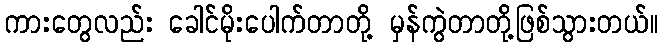
ကားတွေလည်း ခေါင်မိုးပေါက်တာတို့ မှန်ကွဲတာတို့ဖြစ်သွားတယ်။